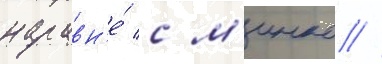
наравн'е́ с м'инко //